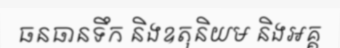
ធនធានទឹក និងឧតុនិយម និងអគ្គ